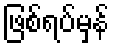
ဖြစ်ရပ်မှန်